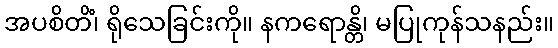
အပစိတိံ၊ ရိုသေခြင်းကို။ နကရောန္တိ၊ မပြုကုန်သနည်း။